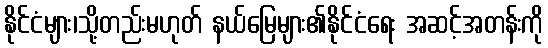
နိုင်ငံများ၊သို့တည်းမဟုတ် နယ်မြေများ၏နိုင်ငံရေး အဆင့်အတန်းကို